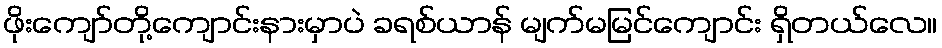
ဖိုးကျော်တို့ကျောင်းနားမှာပဲ ခရစ်ယာန် မျက်မမြင်ကျောင်း ရှိတယ်လေ။